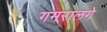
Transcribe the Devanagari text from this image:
गमरालगे